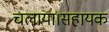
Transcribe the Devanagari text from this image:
चलाया।सहायक